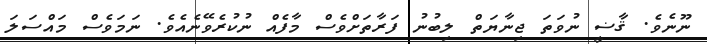
ނޫނެވެ. ޤާޟީ ނުވަތަ ޖިނާޔަތް ލިބުނު ފަރާތަށްވެސް މާފެއް ނުކުރެވޭނެއެވެ. ނަމަވެސް މައްސަލަ